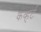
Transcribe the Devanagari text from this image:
कव्हर्ट